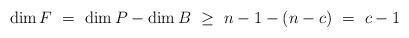
LaTeX: \begin{align*} \dim F \ = \ \dim P - \dim B \ \ge \ n - 1 - (n - c) \ = \ c - 1\end{align*}